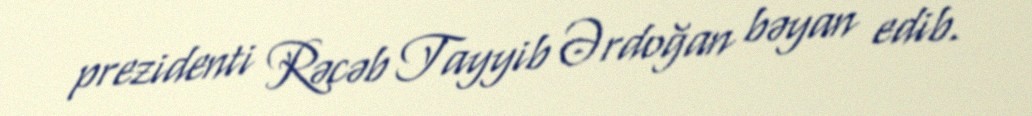
prezidenti Rəcəb Tayyib Ərdoğan bəyan edib.